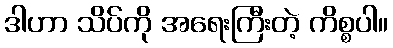
ဒါဟာ သိပ်ကို အရေးကြီးတဲ့ ကိစ္စပါ။